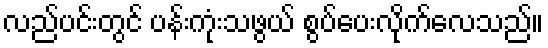
လည်ပင်းတွင် ပန်းကုံးသဖွယ် စွပ်ပေးလိုက်လေသည်။